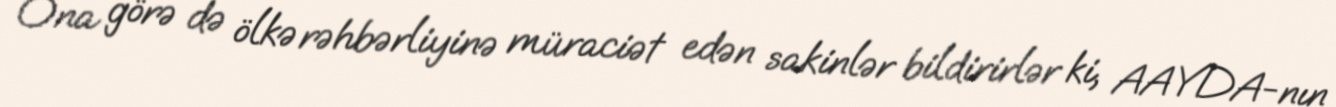
Ona görə də ölkə rəhbərliyinə müraciət edən sakinlər bildirirlər ki, AAYDA-nın